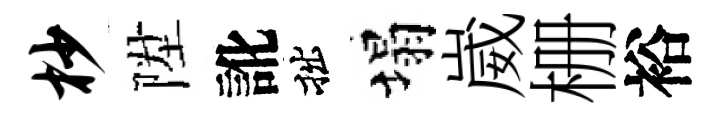
杪陞訛拙塌崴栅裕